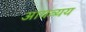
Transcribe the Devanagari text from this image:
आयव्यय